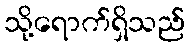
သို့ရောက်ရှိသည်